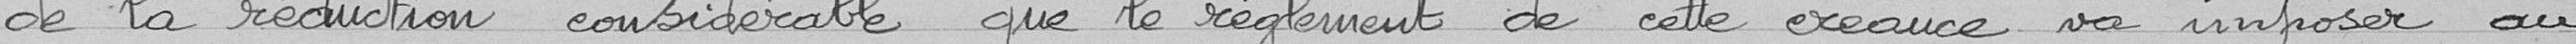
de la réduction considérable que le règlement de cette créance va imposer au